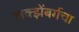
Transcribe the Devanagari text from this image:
लक्झेंबर्गचा